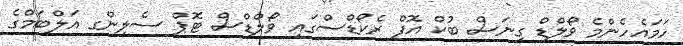
ހަމައެހެންމެ ވޯލްޑް ގިނަސް ބުކް އޮފް ރެކޯޑްސްގައި ވޯލްޑްސް ޓޮޕް ސެލިންގ އަލްބަމްގެ